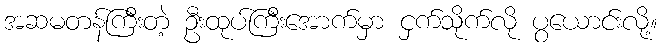
အဆမတန်ကြီးတဲ့ ဦးထုပ်ကြီးအောက်မှာ ငှက်သိုက်လို ပွယောင်းလို့။